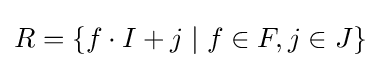
R=\{f\cdot I+j\mid f\in F,j\in J\}